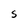
Character: S